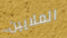
الملايين